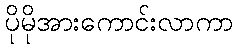
ပိုမိုအားကောင်းလာကာ